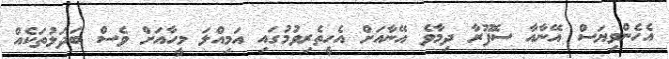
އެހެންވިޔަސް އޭނާއާ ސޮފޫރާ ދިމާވެ އޭނާއަށް އެހީތެރިވުމުގައި އަމިއްލަ މީހާއަށް ވެސް ބަދަލުތަކެއް